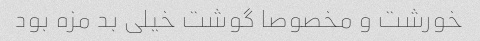
خورشت و مخصوصا گوشت خیلی بد مزه بود